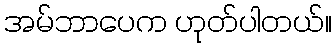
အမ်ဘာပေက ဟုတ်ပါတယ်။